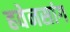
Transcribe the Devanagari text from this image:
हवेनसांग